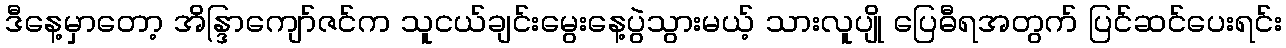
ဒီနေ့မှာတော့ အိန္ဒြာကျော်ဇင်က သူငယ်ချင်းမွေးနေ့ပွဲသွားမယ့် သားလူပျို ပြေဓီရအတွက် ပြင်ဆင်ပေးရင်း